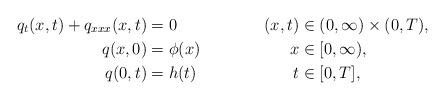
LaTeX: \begin{align*} q_t(x,t) + q_{xxx}(x,t) &= 0 & (x,t) &\in (0,\infty)\times(0,T), \\q(x,0) &= \phi(x) & x &\in [0,\infty), \\q(0,t) &= h(t) & t &\in [0,T],\end{align*}